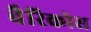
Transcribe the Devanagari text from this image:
वैरिकोस